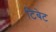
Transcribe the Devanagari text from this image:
टिबेट